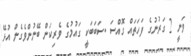
ވަނީ 2 ގަރުނުގެ ފަހަތައް ގޮއްސަ .ސަބަބަކީ ގައުމުގެ ވެރިކަން ބޭނުންވެގެން އުޅޭ